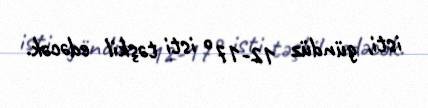
isti, gündüz 12-17° isti təşkil edəcək.